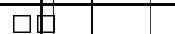
٨٥